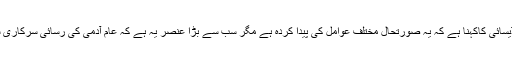
ورلڈ بینک کے آئی ڈی فور ڈی پروگرام کی نگراں وجنتی ڈیسائی کاکہنا ہے کہ یہ صورتحال مختلف عوامل کی پیدا کردہ ہے مگر سب سے بڑا عنصر یہ ہے کہ عام آدمی کی رسائی سرکاری سہولتوں تک نہیں اور نہ ہی اس جانب توجہ دی جارہی ہے۔